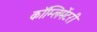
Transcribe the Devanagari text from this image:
कॉम्लिमेंटरी